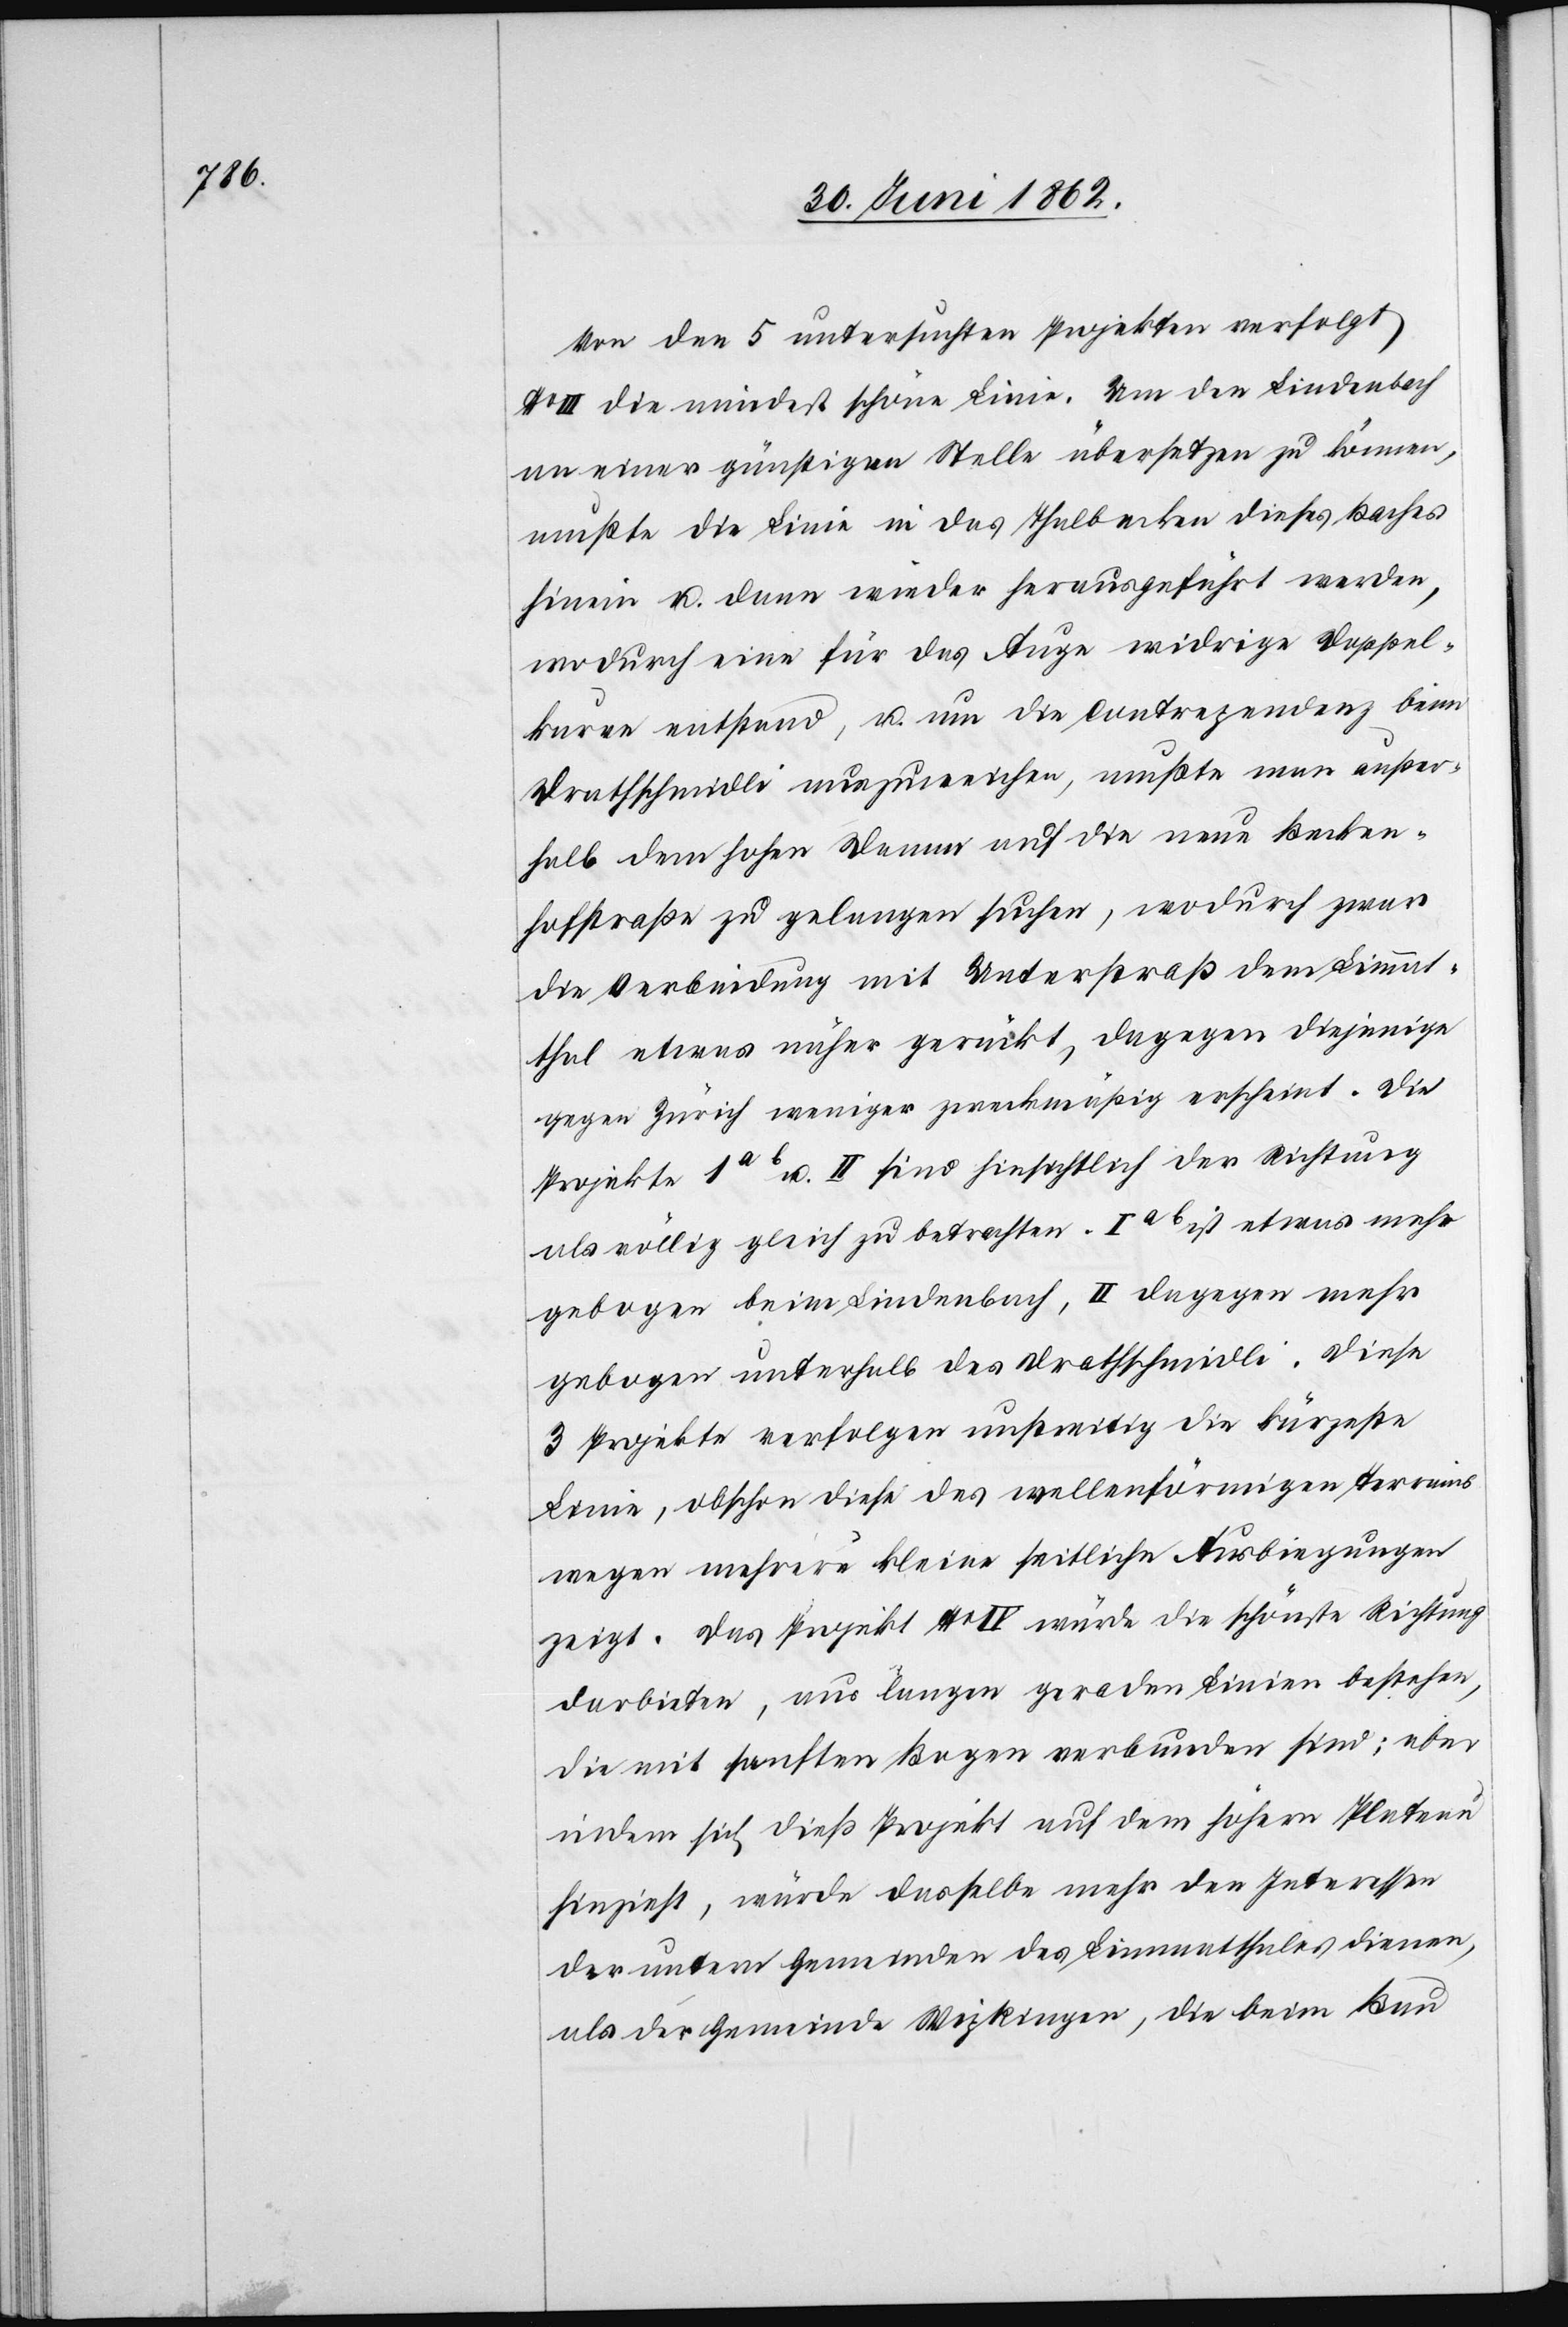
Von den 5 untersuchten Projekten verfolgt
III die mindest schöne Linie. Um den Lindenbach
an einer günstigen Stelle übersetzen zu können,
müßte die Linie in das Thalbecken dieses Baches
hinein u. dann wieder herausgeführt werden,
wodurch eine für das Auge widrige Doppel¬
kurve entstand, u. um die Contrapendenz beim
Drathschmidli auszuweichen, mußte man außer¬
halb dem hohen Damm auf die neue Becken¬
hofstraße zu gelangen suchen, wodurch zwar
die Verbindung mit Unterstraß dem Limmat¬
thal etwas näher gerückt, dagegen diejenige
gegen Zürich weniger zweckmäßig erscheint. Die
darbieten, aus langen geraden Linien bestehen,
die mit sanften Bogen verbunden sind; aber
indem sich dieß Projekt auf dem höhern Plateau
hinzieht, würde dasselbe mehr den Interessen
der untern Gemeinden des Limamtthales dienen,
als der Gemeinde Wipkingen, die beim Bau